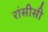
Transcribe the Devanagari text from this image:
रांसीसी